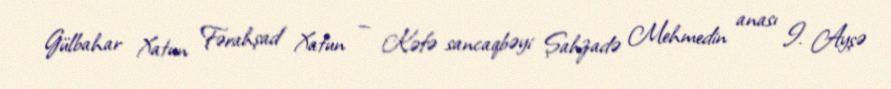
Gülbahar Xatun Fərahşad Xatun — Kəfə sancaqbəyi Şahzadə Mehmedin anası I. Ayşə